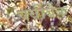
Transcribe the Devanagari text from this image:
क्वीबेक